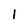
Character: 1